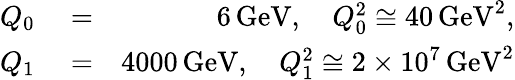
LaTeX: \begin{array}{rlr}{Q_{0}}&{{}=}&{6\, \mathrm{GeV},\quad Q_{0}^{2}\cong 40\, \mathrm{GeV}^{2},}\\ {Q_{1}}&{{}=}&{4000\, \mathrm{GeV},\quad Q_{1}^{2}\cong 2\times 10^{7}\, \mathrm{GeV}^{2}}\end{array}